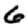
Digit: 6